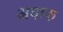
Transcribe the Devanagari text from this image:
अवारु